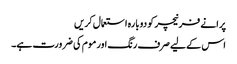
پرانے فرنیچر کو دوبارہ استعمال کریں
اس کے لیے صرف رنگ اور موم کی ضرورت ہے۔